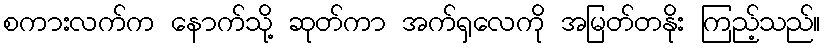
စကားလက်က နောက်သို့ ဆုတ်ကာ အက်ရှလေကို အမြတ်တနိုး ကြည့်သည်။